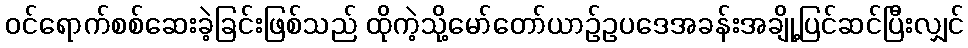
ဝင်ရောက်စစ်ဆေးခဲ့ခြင်းဖြစ်သည် ထိုကဲ့သို့မော်တော်ယာဉ်ဥပဒေအခန်းအချို့ပြင်ဆင်ပြီးလျှင်